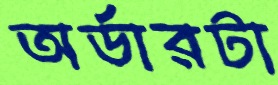
অর্ডারটা